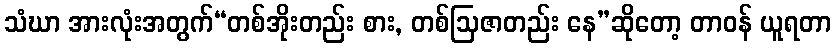
သံဃာ အားလုံးအတွက်“တစ်အိုးတည်း စား, တစ်ဩဇာတည်း နေ”ဆိုတော့ တာဝန် ယူရတာ